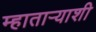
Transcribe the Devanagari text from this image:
म्हाताऱ्याशी